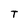
Character: T